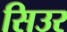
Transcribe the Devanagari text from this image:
सिउर